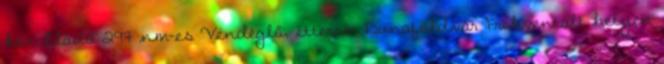
kör. Eladó 297 nm-es Vendéglő, étterem Dunaföldvár Frekventált helyen